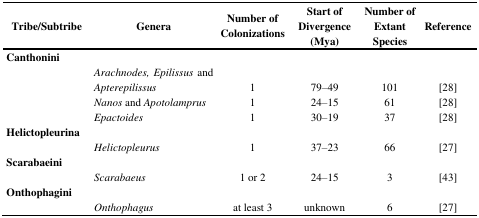
| Tribe/Subtribe | Genera | Number of Colonizations | Start of Divergence (Mya) | Number of Extant Species | Reference |
 | --- | --- | --- | --- | --- | --- |
 | <COLSPAN=6> Canthonini |
 |  | Arachnodes, Epilissus and Apterepilissus | 1 | 79–49 | 101 | [28] |
 |  | Nanos and Apotolamprus | 1 | 24–15 | 61 | [28] |
 |  | Epactoides | 1 | 30-19 | 37 | [28] |
 | <COLSPAN=6> Helictopleurina |
 |  | Helictopleurus | 1 | 37–23 | 66 | [27] |
 | <COLSPAN=6> Scarabaeini |
 |  | Scarabaeus | 1 or 2 | 24–15 | 3 | [43] |
 | <COLSPAN=6> Onthophagini |
 |  | Onthophagus | at least 3 | unknown | 6 | [27] |